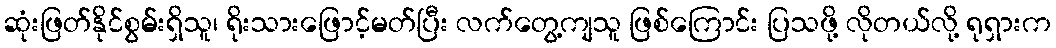
ဆုံးဖြတ်နိုင်စွမ်းရှိသူ၊ ရိုးသားဖြောင့်မတ်ပြီး လက်တွေ့ကျသူ ဖြစ်ကြောင်း ပြသဖို့ လိုတယ်လို့ ရုရှားက